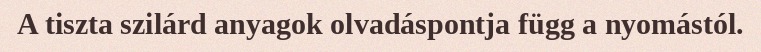
A tiszta szilárd anyagok olvadáspontja függ a nyomástól.